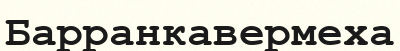
Барранкавермеха